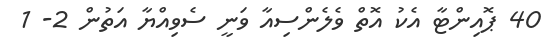
40 ޕޮޮއިންޓާ އެކު އޮތް ވެލެންސިއާ ވަނީ ސެވިއްޔާ އަތުން 2- 1